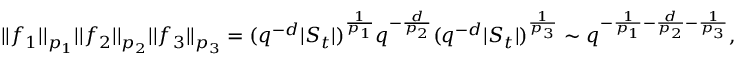
| | f _ { 1 } | | _ { p _ { 1 } } | | f _ { 2 } | | _ { p _ { 2 } } | | f _ { 3 } | | _ { p _ { 3 } } = ( q ^ { - d } | S _ { t } | ) ^ { \frac { 1 } { p _ { 1 } } } q ^ { - \frac { d } { p _ { 2 } } } ( q ^ { - d } | S _ { t } | ) ^ { \frac { 1 } { p _ { 3 } } } \sim q ^ { - \frac { 1 } { p _ { 1 } } - \frac { d } { p _ { 2 } } - \frac { 1 } { p _ { 3 } } } ,